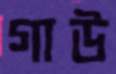
গাউ